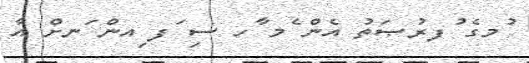
ުމގެ ުފރުޞަތު އެން ެމ ާހ ސި ަފ ިއން ަނށް އާ